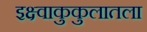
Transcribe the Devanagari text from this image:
इक्ष्वाकुकुलातला